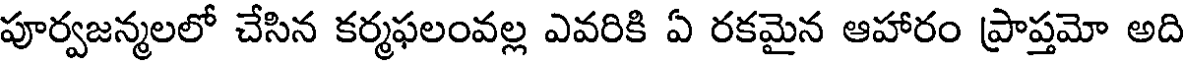
పూర్వజన్మలలో చేసిన కర్మఫలంవల్ల ఎవరికి ఏ రకమైన ఆహారం ప్రాప్తమో అది